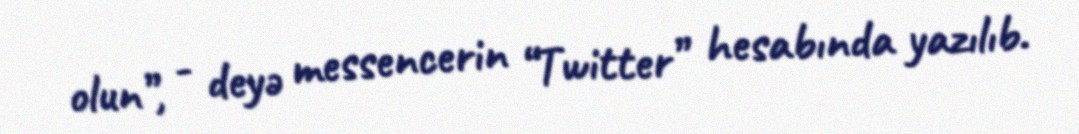
olun”, - deyə messencerin “Twitter” hesabında yazılıb.